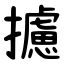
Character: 攄